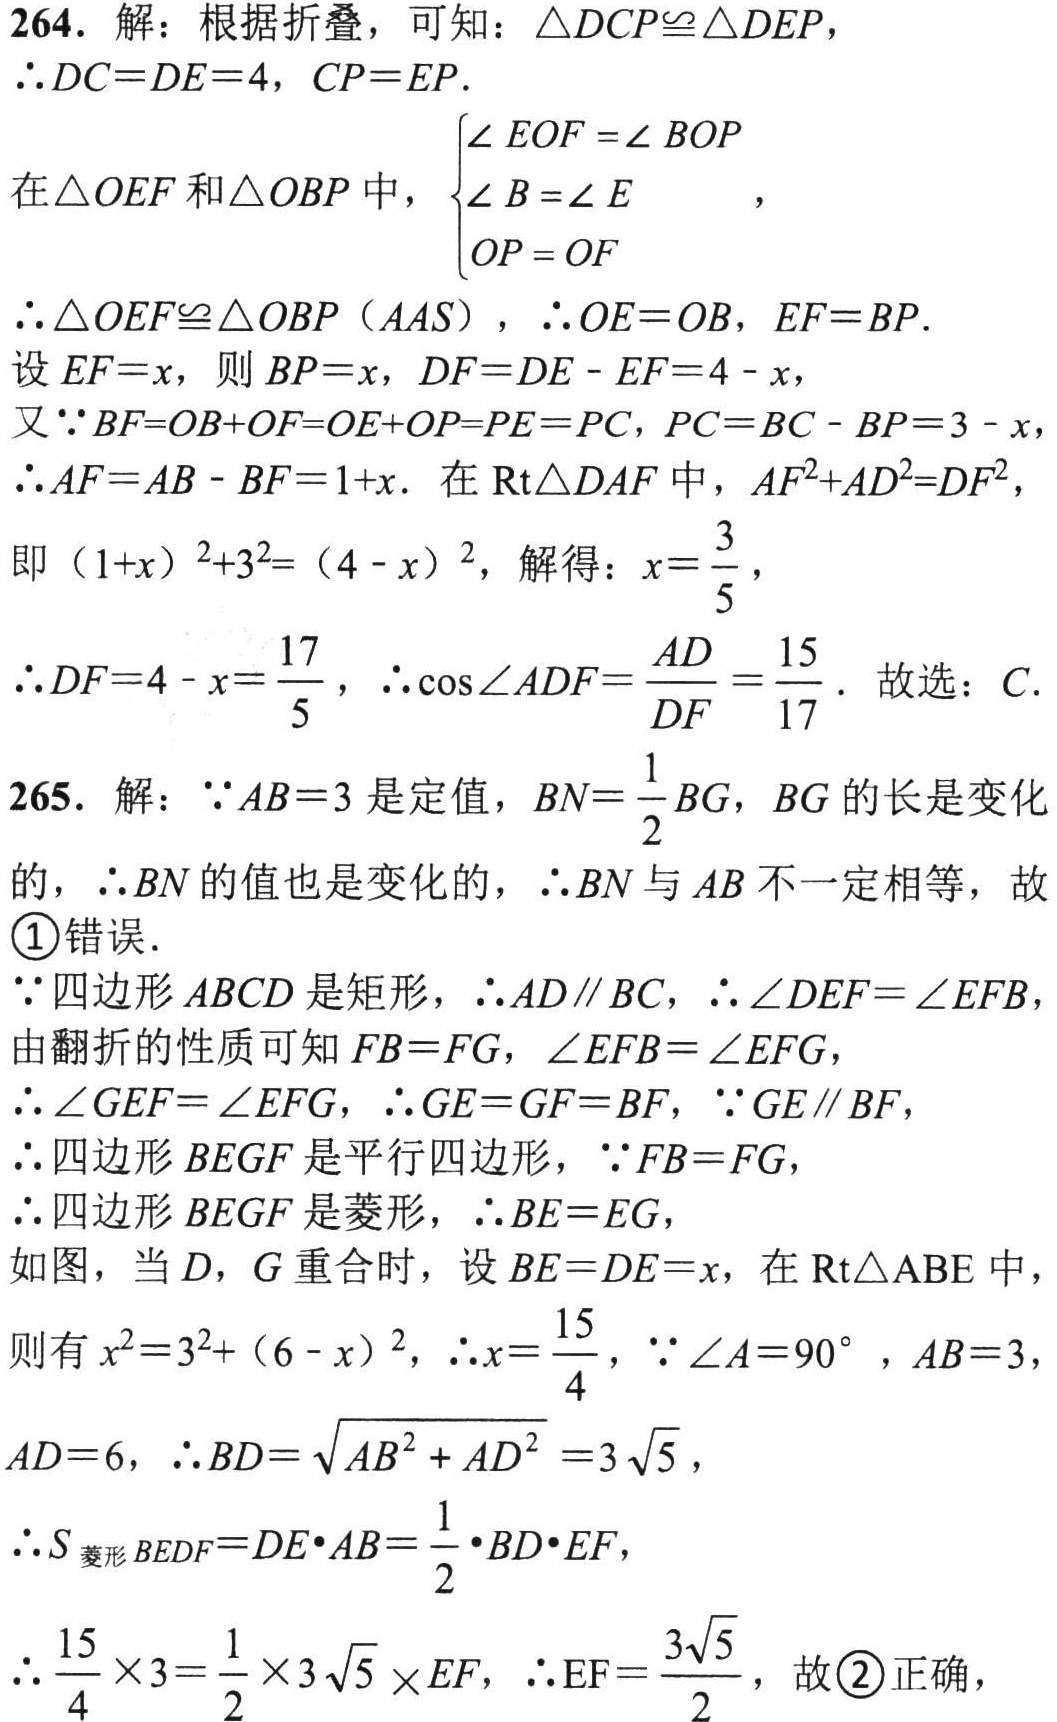
264. 解：根据折叠，可知：\(\triangle DCP\cong\triangle DEP\)，
\(\therefore DC = DE = 4\)，\(CP = EP\).
在\(\triangle OEF\)和\(\triangle OBP\)中，\(\begin{cases}\angle EOF=\angle BOP\\\angle B = \angle E\\OP = OF\end{cases}\)，
\(\therefore\triangle OEF\cong\triangle OBP(AAS)\)，\(\therefore OE = OB\)，\(EF = BP\).
设\(EF = x\)，则\(BP = x\)，\(DF=DE - EF = 4 - x\)，
又\(\because BF=OB + OF=OE + OP=PE = PC\)，\(PC = BC - BP = 3 - x\)
\(\therefore AF = AB - BF = 1 + x\). 在\(Rt\triangle DAF\)中，\(AF^{2}+AD^{2}=DF^{2}\)，
即\((1 + x)^{2}+3^{2}=(4 - x)^{2}\)，解得：\(x = \frac{3}{5}\)，
\(\therefore DF = 4 - x=\frac{17}{5}\)，\(\therefore\cos\angle ADF=\frac{AD}{DF}=\frac{15}{17}\). 故选：\(C\).
265. 解：\(\because AB = 3\)是定值，\(BN=\frac{1}{2}BG\)，\(BG\)的长是变化的，\(\therefore BN\)的值也是变化的，\(\therefore BN\)与\(AB\)不一定相等，故\textcircled{1}错误.
\(\because\)四边形\(ABCD\)是矩形，\(\therefore AD\parallel BC\)，\(\therefore\angle DEF=\angle EFB\)
由翻折的性质可知\(FB = FG\)，\(\angle EFB=\angle EFG\)，
\(\therefore\angle GEF=\angle EFG\)，\(\therefore GE = GF = BF\)，\(\because GE\parallel BF\)，
\(\therefore\)四边形\(BEGF\)是平行四边形，\(\because FB = FG\)，
\(\therefore\)四边形\(BEGF\)是菱形，\(\therefore BE = EG\)，
如图，当\(D\)，\(G\)重合时，设\(BE = DE = x\)，在\(Rt\triangle ABE\)中，
则有\(x^{2}=3^{2}+(6 - x)^{2}\)，\(\therefore x=\frac{15}{4}\)，\(\because\angle A = 90^{\circ}\)，\(AB = 3\)，
\(AD = 6\)，\(\therefore BD=\sqrt{AB^{2}+AD^{2}} = 3\sqrt{5}\)，
\(\therefore S_{菱形BEDF}=DE\cdot AB=\frac{1}{2}\cdot BD\cdot EF\)，
\(\therefore\frac{15}{4}\times3=\frac{1}{2}\times3\sqrt{5}\times EF\)，\(\therefore EF=\frac{3\sqrt{5}}{2}\)，故\textcircled{2}正确，